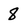
Character: 8